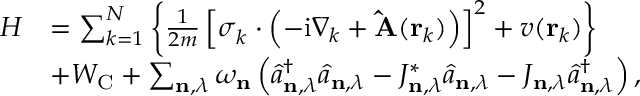
\begin{array} { r l } { H } & { = \sum _ { k = 1 } ^ { N } \left\{ \frac { 1 } { 2 m } \left[ \boldsymbol { \sigma } _ { k } \cdot \left( - \mathrm { i } \nabla _ { k } + \mathbf { \hat { A } } ( \mathbf { r } _ { k } ) \right) \right] ^ { 2 } + v ( \mathbf { r } _ { k } ) \right\} } \\ & { + W _ { \mathrm { C } } + \sum _ { \mathbf { n } , \lambda } \omega _ { \mathbf { n } } \left( \hat { a } _ { \mathbf { n } , \lambda } ^ { \dagger } \hat { a } _ { \mathbf { n } , \lambda } - J _ { \mathbf { n } , \lambda } ^ { * } \hat { a } _ { \mathbf { n } , \lambda } - J _ { \mathbf { n } , \lambda } \hat { a } _ { \mathbf { n } , \lambda } ^ { \dagger } \right) , } \end{array}